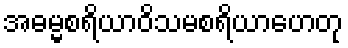
အဓမ္မစရိယာဝိသမစရိယာဟေတု